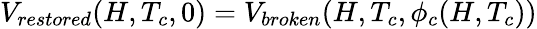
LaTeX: V_{restored}(H,T_{c},0)=V_{broken}(H,T_{c},\phi_{c}(H,T_{c}))